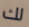
لك